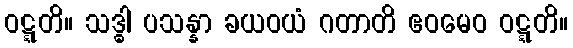
ဝဋ္ဋတိ။ သဒ္ဓါ ပသန္နာ ခယဝယံ ဂတာတိ ဧဝမေဝ ဝဋ္ဋတိ။